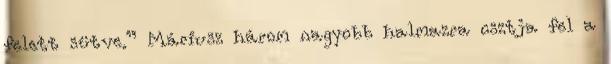
felett sütve.” Máriusz három nagyobb halmazra osztja fel a